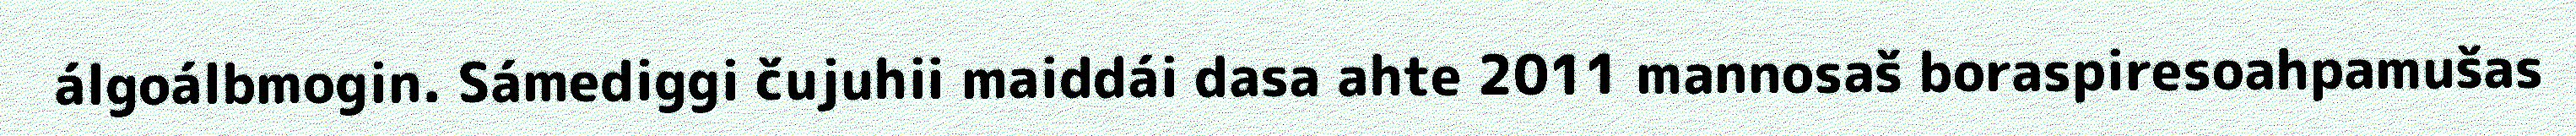
álgoálbmogin. Sámediggi čujuhii maiddái dasa ahte 2011 mannosaš boraspiresoahpamušas